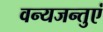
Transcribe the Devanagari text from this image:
वन्यजन्तुएं